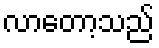
လာတော့သည်